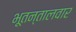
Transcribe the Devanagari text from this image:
भूतन्तालवार